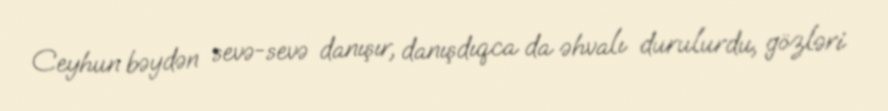
Ceyhun bəydən sevə-sevə danışır, danışdıqca da əhvalı durulurdu, gözləri